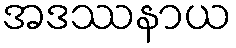
အဒဿနာယ